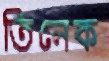
তিলেক